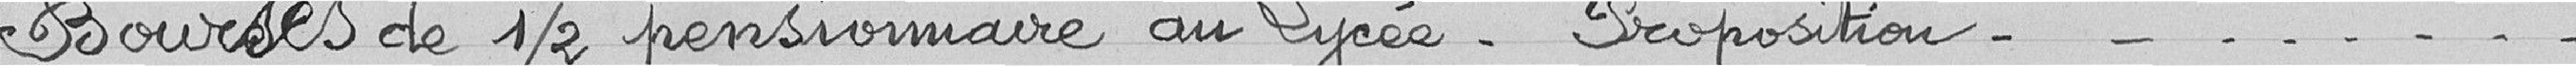
Bourses de demi-pensionnaire au Lycée - Proposition